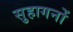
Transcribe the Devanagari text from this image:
सुहागनों